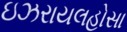
ઇઝરાયલહોસા